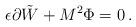
LaTeX: \begin{align*}\epsilon \partial \tilde{W}+M^{2}\Phi =0\,. \end{align*}